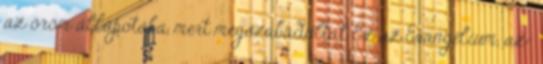
az öröm állapotába, mert megszabadultál Ez az Evangélium, az-